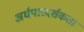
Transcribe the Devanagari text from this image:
अर्धपारदर्शकता